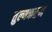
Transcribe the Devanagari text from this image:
तुल्यकरण